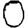
Digit: 0